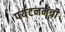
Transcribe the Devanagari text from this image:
पर्यटनमंत्री